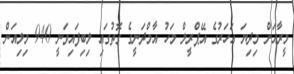
މީރާއަށް މިދިޔަ އަހަރުގެ އޭޕްރީލް މަހު އާމްދަނީގެ ގޮތުގައި ލިބިފައިވަނީ 940 މިލިއަން